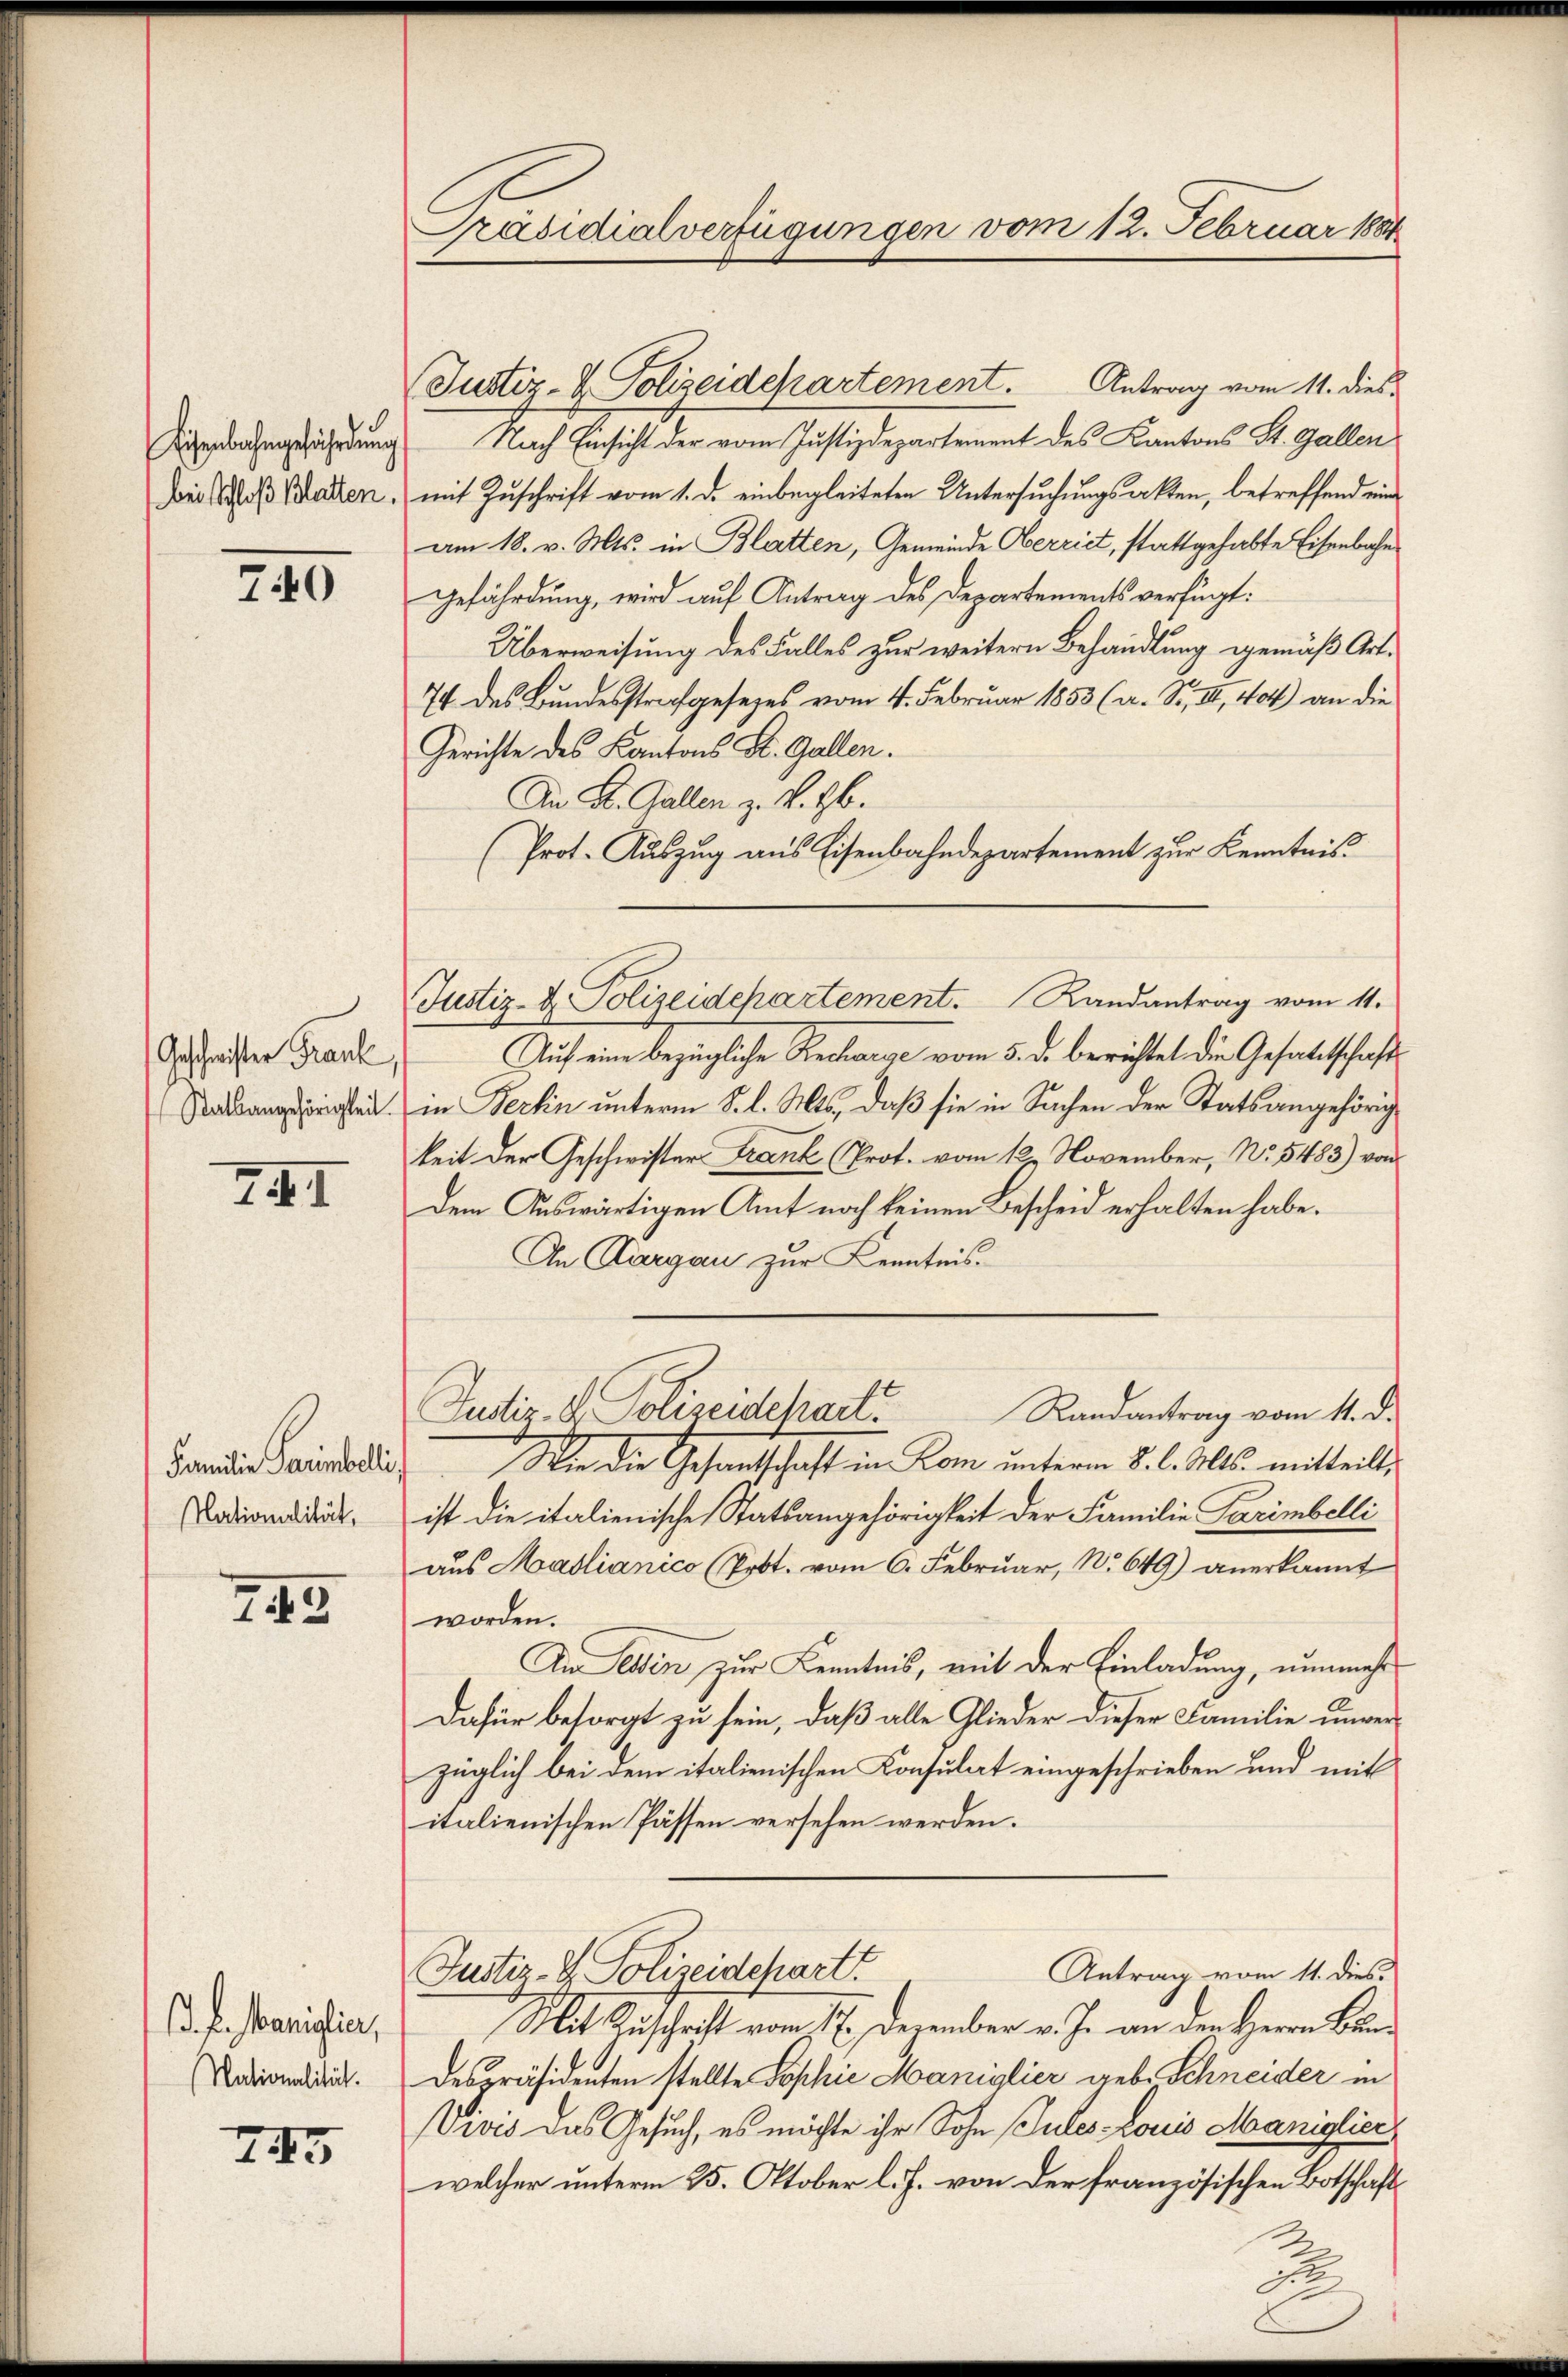
Eisenbahngefährdung
(bei Schloß Blatten.

740

Geschwister Frank,
Statsangehörigkeit.

XXII

Familie Parinelli
Nationalität,

749

. f. Maniglia,
Nationalität.

74

Präsidialverfügungen vom 12. Februar 1881

Justiz- & Polizeidepartement. Antrag vom 11. dies
 Nach Einsicht der vom Justizdepartement des Kantons St. Gallen
mit Zuschrift vom 1. d. einbegleiteten Untersuchungsakten, betreffend eine
am 18. v. Mts. in Blatten, Gemeinde Oberriet, stattgehabte Eisenbahn¬
Gefährdung, wird auf Antrag des Departements verfügt:
Überweisung des Falles zur weitern Behandlung gemäß Art.
74 des Bundesstrafgesezes vom 4. Februar 1853 (a. S. III., 404) an die
Gerichte des Kantons St. Gallen.
An St. Gallen z. K. H.
(Prot. Auszug aus Eisenbahndepartement zur Kenntnis.
Auf eine bezügliche Recharge vom 5. d. berichtet die Gesattschafts
in Fertin unterm 5. l. Mts., daß sie in Sachen der Statsangehörig
keit der Geschwisters Frank (Prot. vom 12. November, No. 5483) von
Dem Auswärtigen Amt noch keinen Bescheid erhalten habe.
An Aargau zur Kenntnis.
Justiz- & Polizeidelart. Randantrag vom 11. d.
Wie die Gesantschaft in Kom unterm 8. l. Mts. mitteilt,
ist die italienische Statsangehörigkeit der Familie Parimbelli
aus Maslianico (Pobt. vom 6. Februar, No 649) anerkannt
worden.
Die ein zur Kenntnis, mit der Einladung, nunmehr
Dafür besorgt zu sein, daß alle Glieder dieser Familie unverzüglich bei dem italienischen Konsulat eingeschrieben und mit
italienischen Pässen versehen werden.
Antrag vom 11. dies
Justiz- & Polizeidepart
Mit Zuschrift vom 17. Dezember v. J. an den Herrn Brun¬
Despräsidenten stellte Sophie Maniglier geb. Schneider in
Vives das Gesuch, es möchte ihr Sohn Gutes Louis Maniglic
welcher unterm 25. Oktober l. J. von der französischen Botschafts

Justiz- & Polizeidepartement. Randantrag vom 11.

.